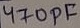
Text: 470pF